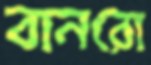
বানরো